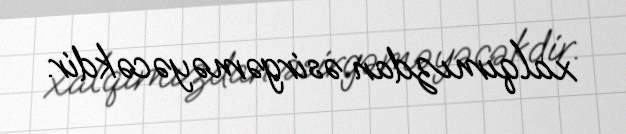
xalqımızdan əsirgəməyəcəkdir.